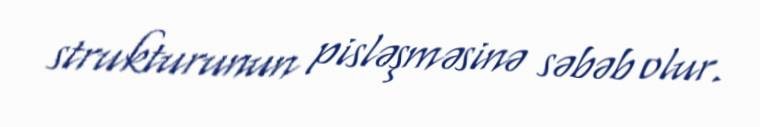
strukturunun pisləşməsinə səbəb olur.